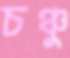
চঞ্চু